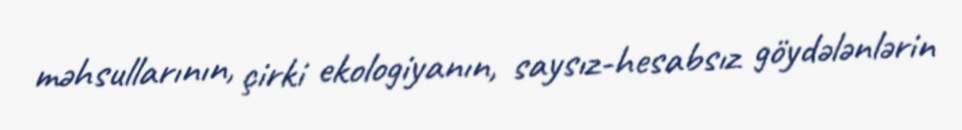
məhsullarının, çirki ekologiyanın, saysız-hesabsız göydələnlərin